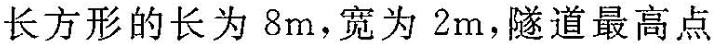
长方形的长为8m，宽为2m，隧道最高点